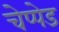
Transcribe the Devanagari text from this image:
चेप्पेड